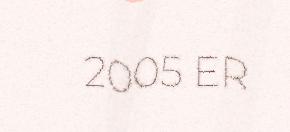
2005 ER